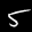
Label: 5